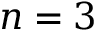
n = 3